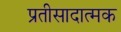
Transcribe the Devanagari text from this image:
प्रतीसादात्मक